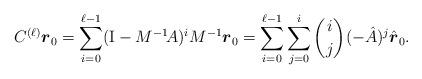
LaTeX: \begin{align*}C^{(\ell)} \boldsymbol{r}_0 = \sum_{i=0}^{\ell-1} (\mathrm{I} - M^{-1} \! A)^i M^{-1} \boldsymbol{r}_0 = \sum_{i=0}^{\ell-1} \sum_{j=0}^{i} \binom{i}{j} (- \hat{A})^j \hat{\boldsymbol{r}}_0.\end{align*}